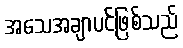
အသေအချာပင်ဖြစ်သည်